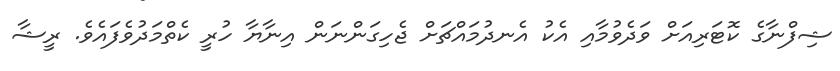
ޝިފްނާގެ ކޮޓަރިއަށް ވަދެވުމާއި އެކު އެނދުމައްޗަށް ޖެހިގަންނަން އިނާޔާ ހުރީީ ކެތްމަދުވެފައެވެ. ރީޝާ